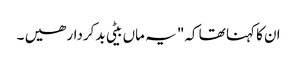
ان کا کہنا تھا کہ" یہ ماں بیٹی بدکردار ھیں ۔